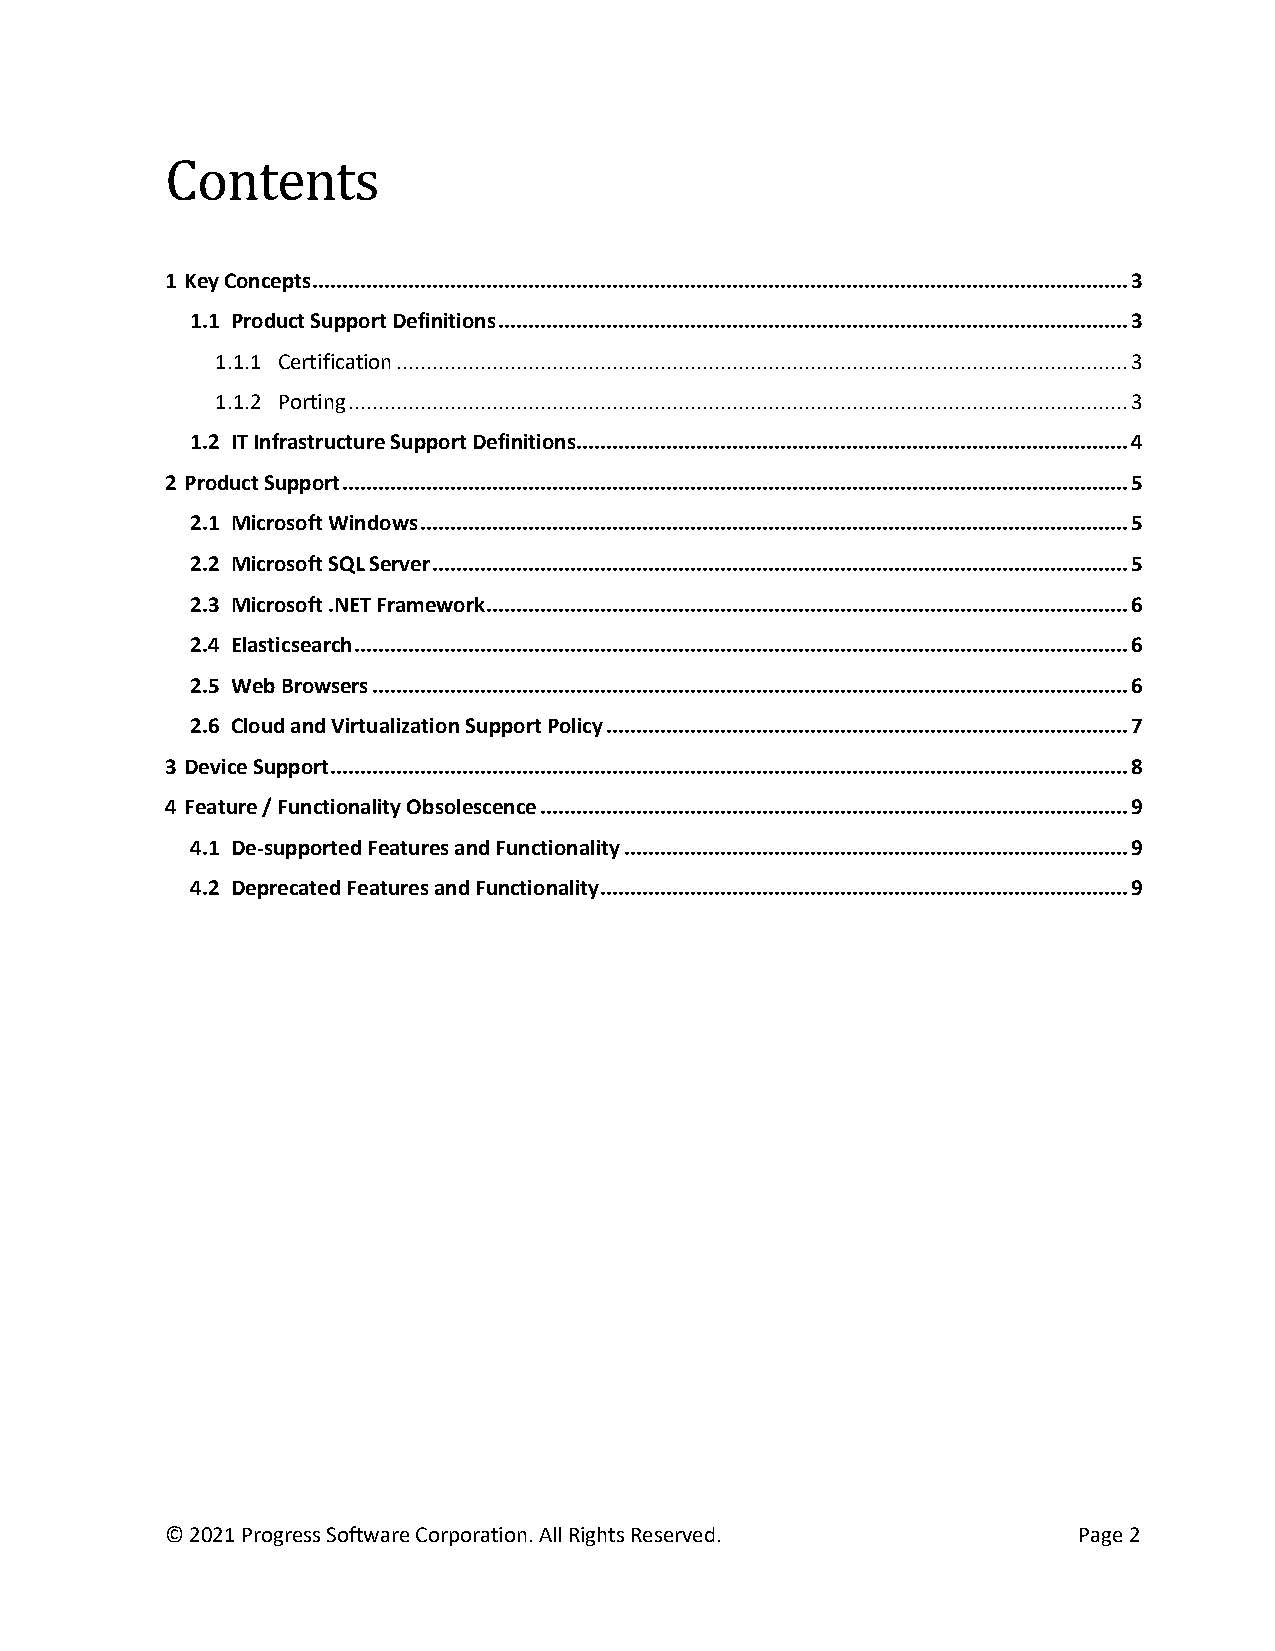
Contents
 1 Key Concepts ........................................................................................................................................ 3
 1.1 Product Support Definitions ......................................................................................................... 3
 1.1.1 Certification .......................................................................................................................... 3
 1.1.2 Porting .................................................................................................................................. 3
 1.2 IT Infrastructure Support Definitions............................................................................................ 4
 2 Product Support ................................................................................................................................... 5
 2.1 Microsoft Windows ...................................................................................................................... 5
 2.2 Microsoft SQL Server .................................................................................................................... 5
 2.3 Microsoft .NET Framework ........................................................................................................... 6
 2.4 Elasticsearch ................................................................................................................................. 6
 2.5 Web Browsers .............................................................................................................................. 6
 2.6 Cloud and Virtualization Support Policy ....................................................................................... 7
 3 Device Support ..................................................................................................................................... 8
 4 Feature / Functionality Obsolescence .................................................................................................. 9
 4.1 De-supported Features and Functionality .................................................................................... 9
 4.2 Deprecated Features and Functionality ........................................................................................ 9
 © 2021 Progress Software Corporation. All Rights Reserved.  Page 2